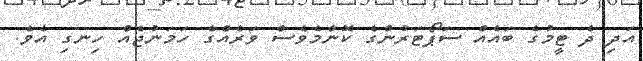
އަދި ދެ ޓީމުގެ ބައެއް ސަޕޯޓަރުންގެ ކޮންމެވެސް ވަރެއްގެ ހަމަނުޖެއް ހިނގި އެވެ.